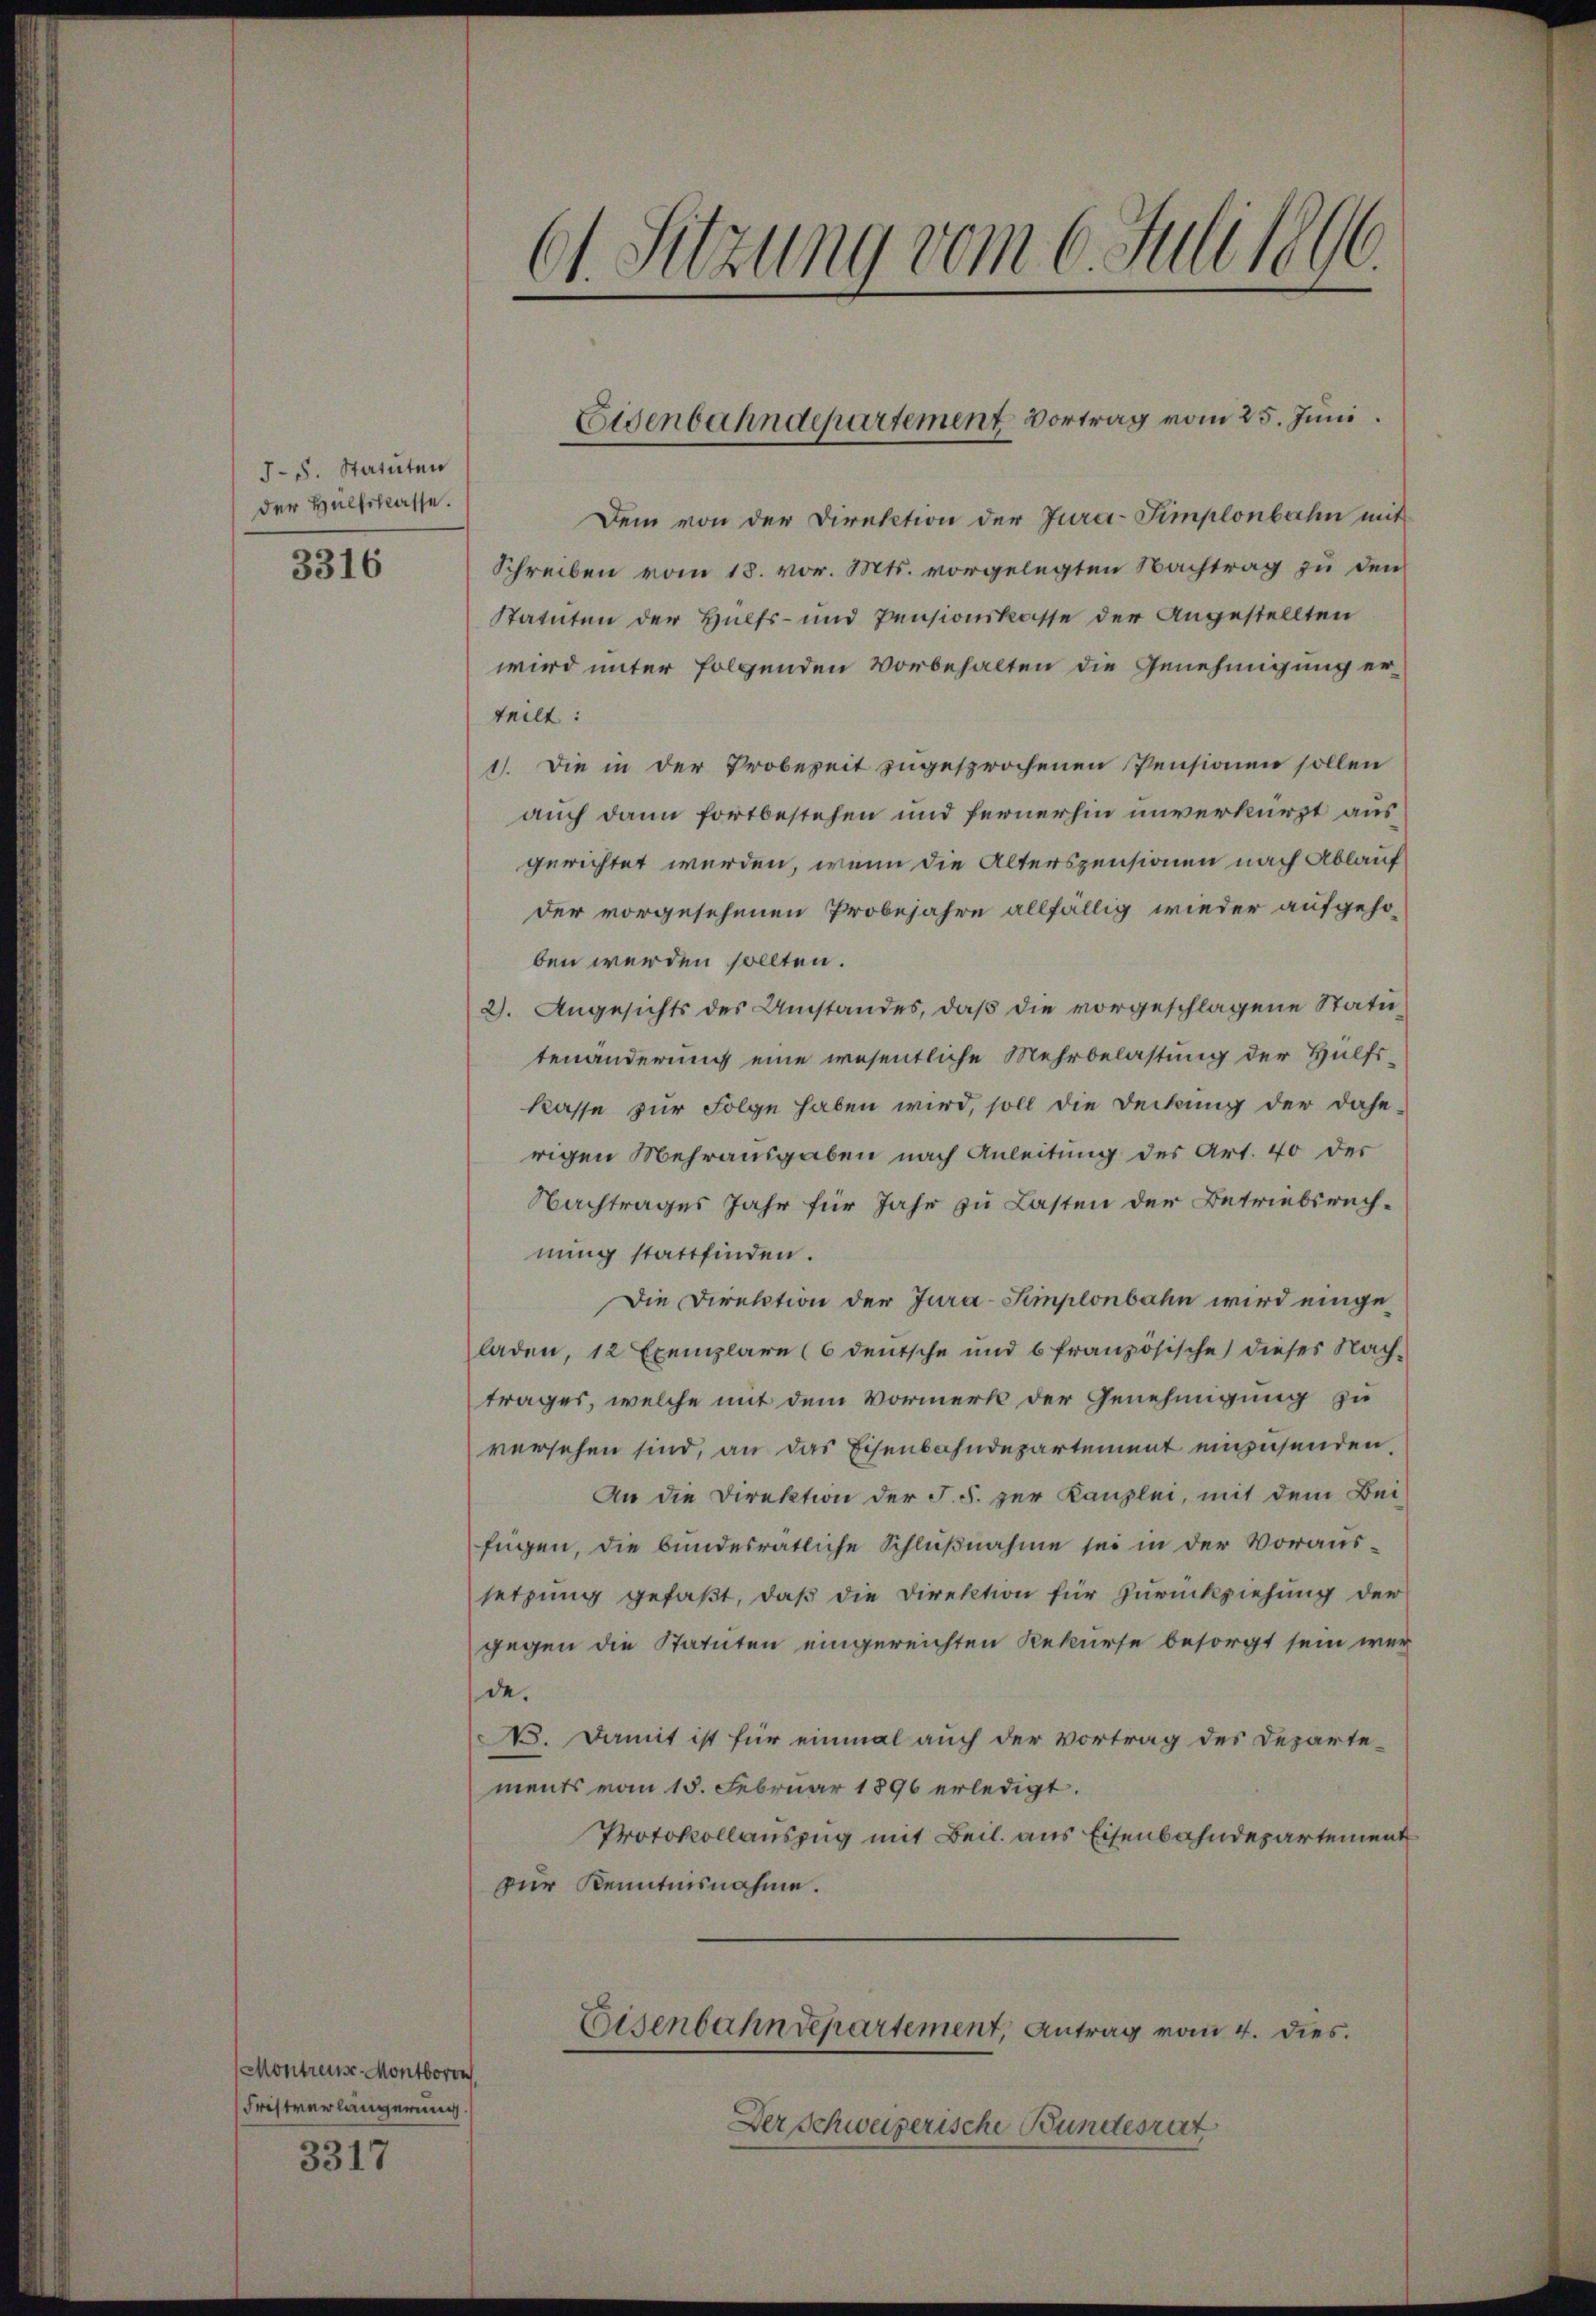
J.S. Statuten
der Hülfsklasse.

3316

Montreust-Montboron
Fristverlängerung

3317

61. Sitzung vom 6. Juli 1896.

Dem von der Direktion der Jura-Simplonbahn mit
Schreiben vom 18. vor. Mts. vorgelegten Nachtrag zu den
Statuten der Hülfs- und Pensionskasse der Angestellten
wird unter folgenden Vorbehalten die Genehmigung er-
teilt:
1). Die in der Probezeit zugesprochenen Pensionen sollen
auch dann fortbestehen und fernerhin unverkürzt aus
gerichtet werden, wenn die Alterspensionen nach Ablauf
der vorgesehenen Probejahre allfällig wieder aufgeho-
ben werden sollten.
2). Angesichts des Umstandes, daß die vorgeschlagene Statutenänderung eine wesentliche Mehrbelastung der Hülfs-
kasse zur Folge haben wird, soll die Deckung der Dahe-
rigen Mehrausgaben nach Anleitung des Art. 40 der
Nachtrages Jahr für Jahr zu Lasten der Betriebsrech-
nung stattfinden.
Die Direktion der Jura-Simplonbahn wird eingeladen, 12 Exemplare (6 deutsche und 6 französische dieses Nach-
trages, welche mit dem Vormerk der Genehmigung zu
versehen sind, an das Eisenbahndepartement einzusenden
An die Direktion der J. F. zur Kanzlei, mit dem Bei-
fügen, die bundesratliche Schlußnahme sei in der Voraussetzung gefaßt, daß die Direktion für Zurückziehung der
gegen die Statuten eingereichten Rekurse besorgt sein wer
de.
. Damit ist für einmal auch der Vortrag des Departe-
ments vom 15. Februar 1896 erledigt.
Protokollauszug mit Beil. aus Eisenbahndepartement
zur Kenntnisnahme.
Eisenbahndepartement, Antrag vom 4. dies
Der Schweizerische Bundesrat

Eisenbahndepartement vortrag vom 25. Juni.